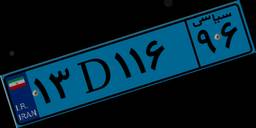
۱۳D۱۱۶۹۶